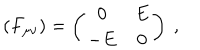
( F _ { \mu \nu } ) = \left( \begin{array} { c c } { { 0 } } & { { E } } \\ { { - E } } & { { 0 } } \\ \end{array} \right) \ ,